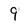
Character: 9